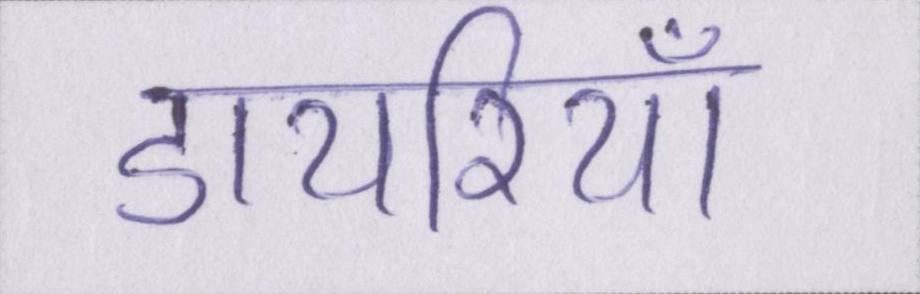
डायरियाँ